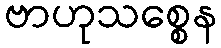
ဗာဟုသစ္စေန